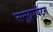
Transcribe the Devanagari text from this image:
समुद्रपर्यटन